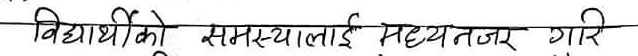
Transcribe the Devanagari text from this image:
विद्यार्थीको समस्यालाई सह्यतजर गरि